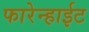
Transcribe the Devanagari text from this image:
फारेन्हाईट